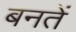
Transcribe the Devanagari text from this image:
बनतें